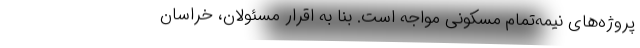
پروژه‌های نیمه‌تمام مسکونی مواجه است. بنا به اقرار مسئولان، خراسان